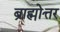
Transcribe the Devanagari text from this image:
ब्राह्मोत्तर